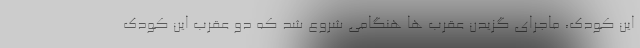
این کودک، ماجرای گزیدن عقرب ها هنگامی شروع شد که دو عقرب این کودک